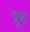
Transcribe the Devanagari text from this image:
प्रूष्ठ